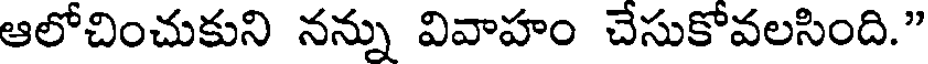
ఆలోచించుకుని నన్ను వివాహం చేసుకోవలసింది."